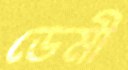
ডেমী